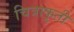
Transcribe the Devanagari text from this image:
चित्राकृती